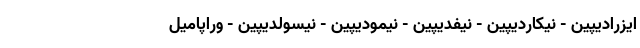
ایزرادیپین - نیکاردیپین - نیفدیپین - نیمودیپین - نیسولدیپین - وراپامیل